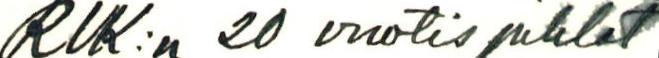
RUK:n 20 vuotis juhlat